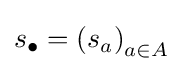
{\textstyle s_{\bullet }=\left(s_{a}\right)_{a\in A}}